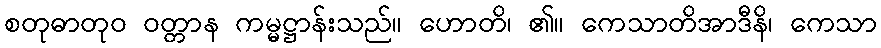
စတုဓာတုဝ ဝတ္တာန ကမ္မဋ္ဌာန်းသည်။ ဟောတိ၊ ၏။ ကေသာတိအာဒီနိ၊ ကေသာ